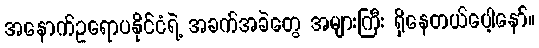
အနောက်ဥရောပနိုင်ငံရဲ့ အခက်အခဲတွေ အများကြီး ရှိနေတယ်ပေါ့နော်။